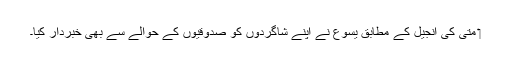
‏ متی کی اِنجیل کے مطابق یسوع نے اپنے شاگردوں کو صدوقیوں کے حوالے سے بھی خبردار کِیا۔